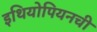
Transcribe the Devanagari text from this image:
इथियोपियनची